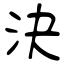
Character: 決